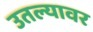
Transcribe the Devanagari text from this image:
उतल्यावर